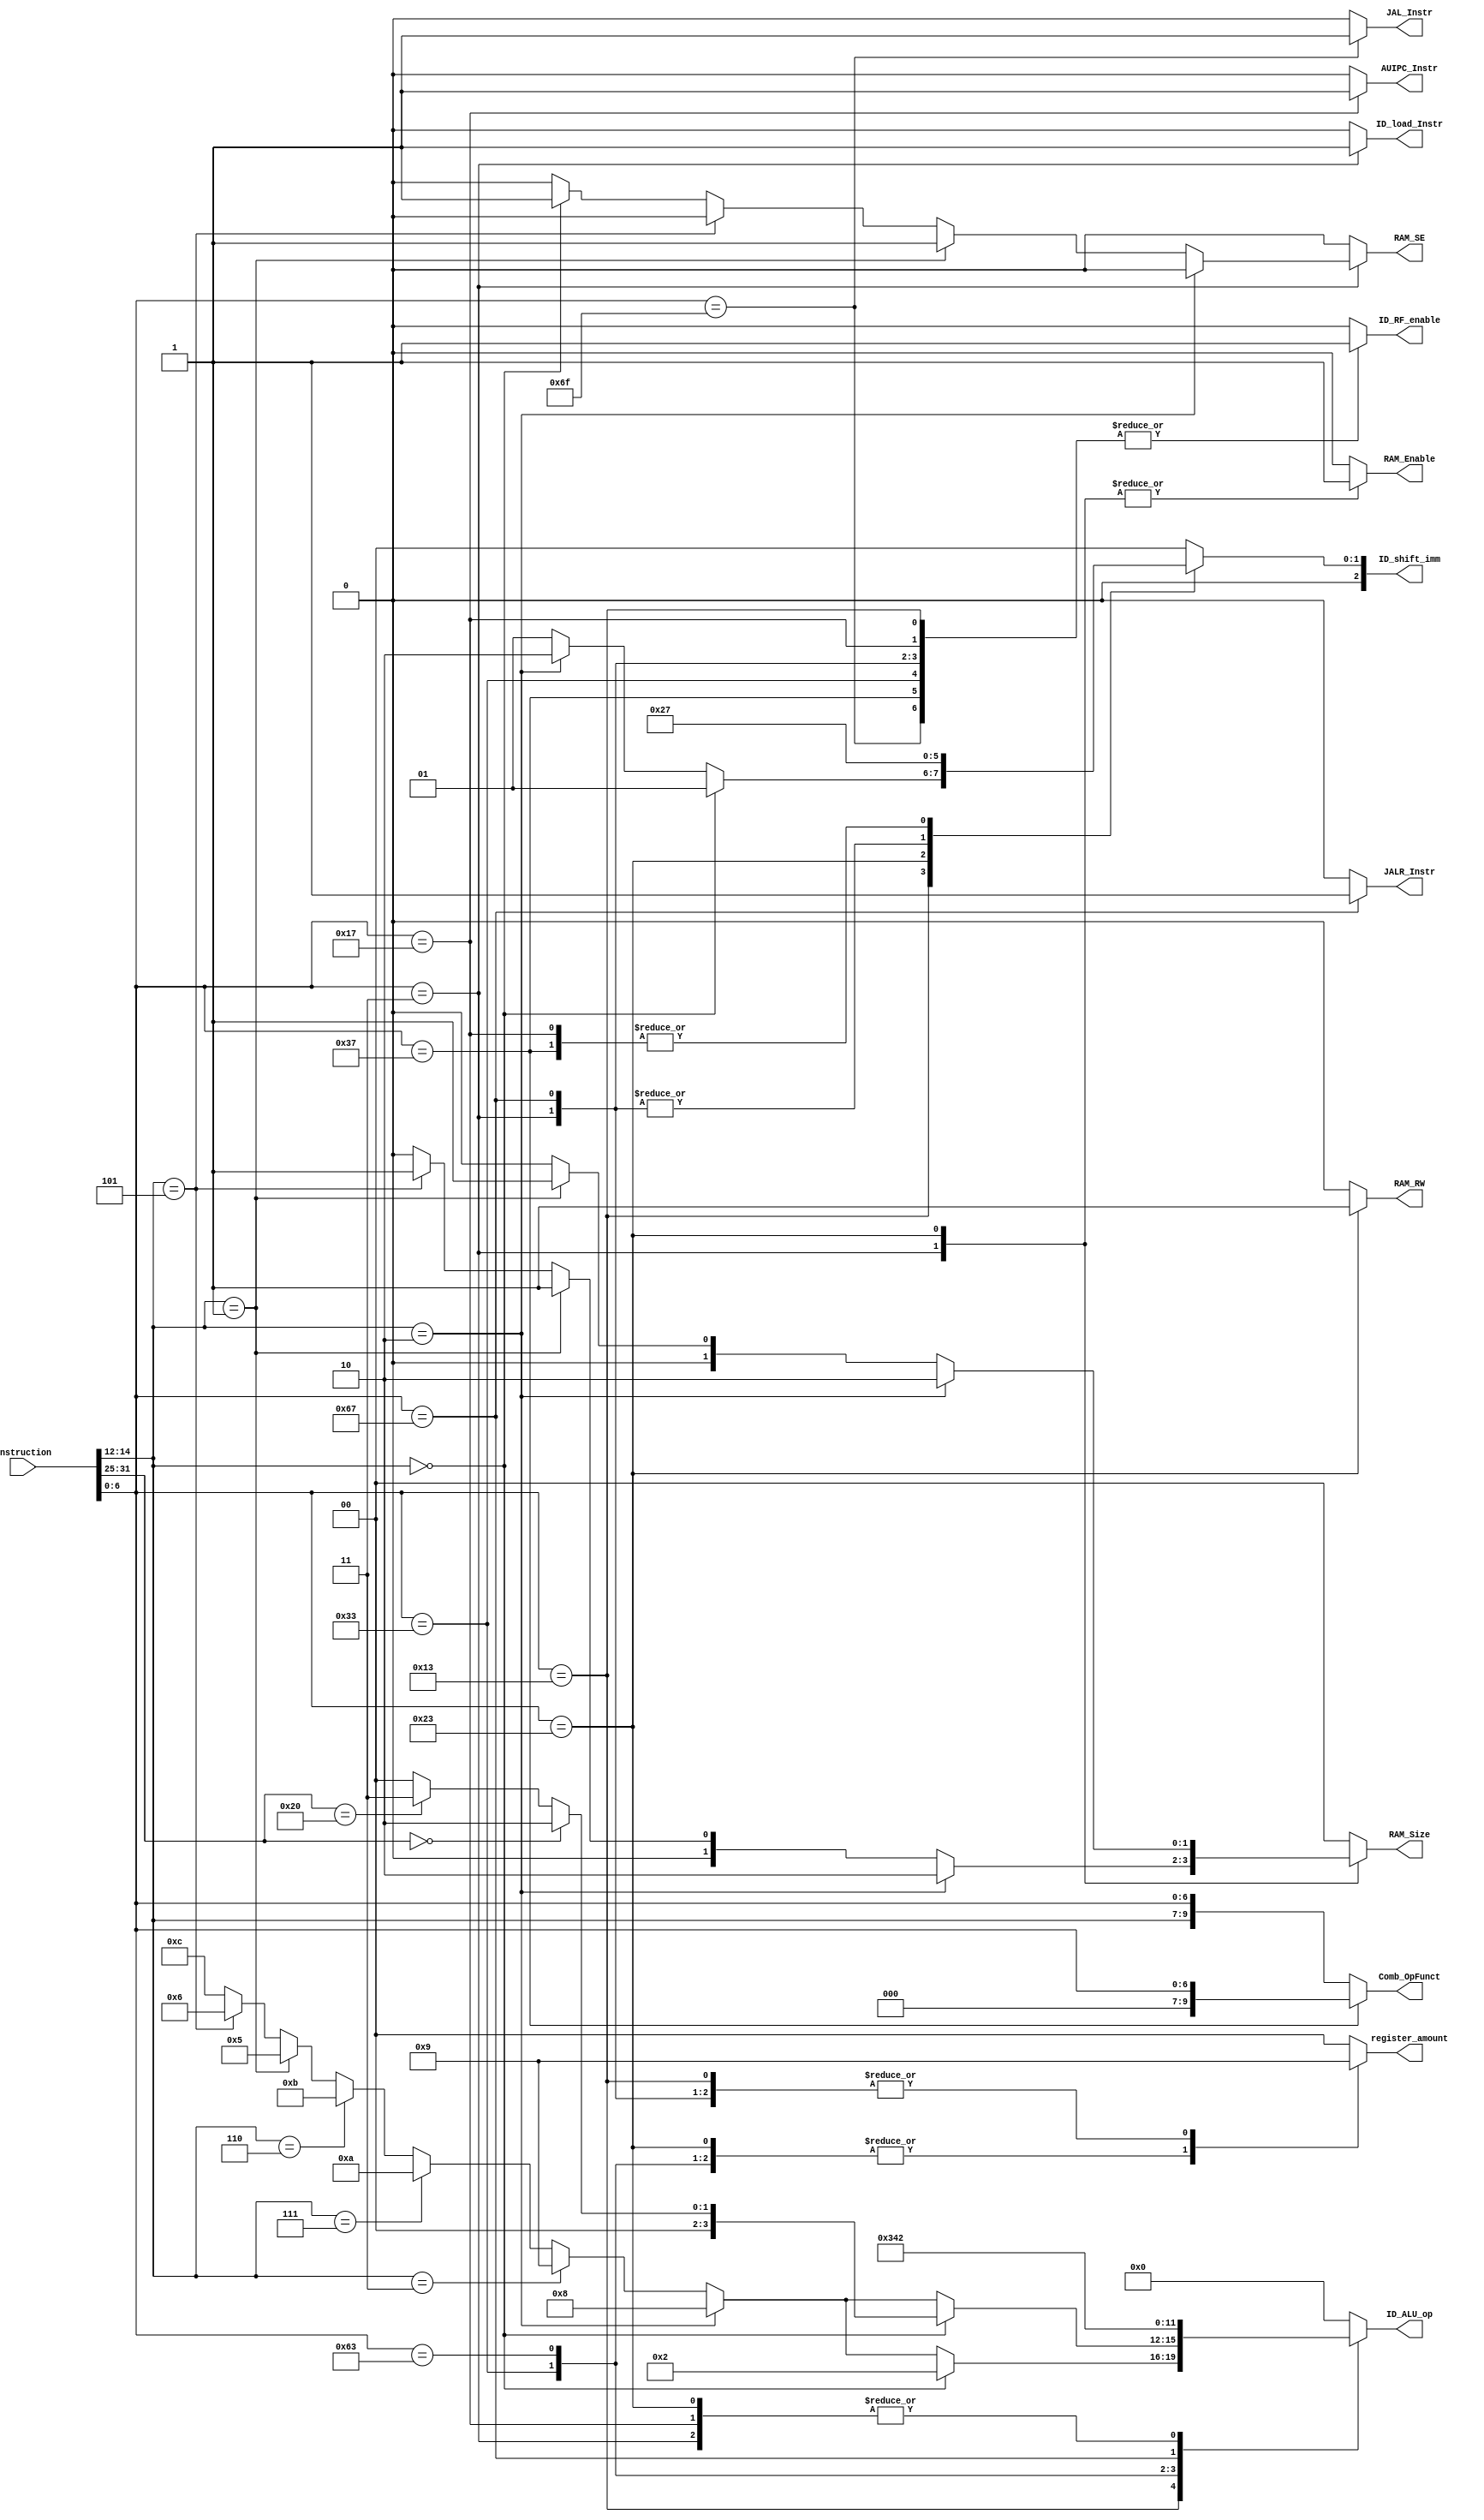
module Control_Unit(
    input[31:0] Instruction, 
    output reg ID_load_Instr, 
    output reg ID_RF_enable,
    output reg RAM_Enable,
    output reg RAM_RW,
    output reg RAM_SE, 
    output reg JALR_Instr,
    output reg JAL_Instr,
    output reg AUIPC_Instr,

    output reg [2:0] ID_shift_imm,
    output reg [3:0] ID_ALU_op,
    output reg [1:0] RAM_Size, register_amount,
    output reg [9:0] Comb_OpFunct 
    );  

    reg [6:0] opcode;
    reg [2:0] funct3;
    reg [6:0] funct7; //ADD and SUB
    reg [6:0] imm12; //SRAI and SRLI

    always@(Instruction)
        begin
            opcode = Instruction[6:0];
            funct3 = Instruction[14:12];
            funct7 = Instruction[31:25];
            imm12 = Instruction[11:5];

            ID_RF_enable = 1'b1;
            ID_ALU_op = 4'b0;
            ID_load_Instr = 1'b0;
            RAM_Enable = 1'b0;
            RAM_RW = 1'b0;
            RAM_SE = 1'b0;
            JAL_Instr = 1'b0;
            JALR_Instr = 1'b0;
            AUIPC_Instr = 1'b0;
            Comb_OpFunct = {funct3, opcode};
            ID_shift_imm = 3'b0;
            RAM_Size = 2'b0;
            register_amount =2'b0;

            case(opcode)
                7'b0010011: //Integer Register-Immediate Instructions Type I
                    begin
                        register_amount =2'b01;
                       if (funct3 == 3'b000) 
                        begin
                            ID_ALU_op = 4'b0010;
                            ID_shift_imm = 3'b001;
                            $display("ADDI");
                        end
                        else if (funct3 == 3'b010)  
                        begin
                            ID_ALU_op = 4'b1000;
                            ID_shift_imm = 3'b010;
                            $display("SLTI");
                        end 
                        else if (funct3 == 3'b011) 
                        begin
                            ID_ALU_op = 4'b1001;
                            ID_shift_imm = 3'b001;
                            $display("SLTIU");
                        end 
                        else if (funct3 == 3'b111) 
                        begin
                            ID_ALU_op = 4'b1010;
                            ID_shift_imm = 3'b001;
                            $display("ANDI");
                        end
                        else if (funct3 == 3'b110) 
                        begin
                            ID_ALU_op = 4'b1011;
                            ID_shift_imm = 3'b001;
                            $display("ORI");
                        end
                        else if (funct3 == 3'b001) 
                        begin
                            ID_ALU_op = 4'b0101;
                            ID_shift_imm = 3'b001;
                            $display("SLLI");
                        end
                        else if (funct3 == 3'b101) 
                        begin
                            if(imm12 == 7'b0000000) 
                            begin
                                ID_ALU_op = 4'b0110;
                                ID_shift_imm = 3'b001;
                                $display("SRLI");
                            end
                            else 
                            begin
                                ID_ALU_op = 4'b0110;
                                ID_shift_imm = 3'b001;
		                        $display("SRAI");
                            end
                        end 
                        else 
                            begin
                                ID_ALU_op = 4'b1100;
                                ID_shift_imm = 3'b001;
                                $display("XORI");
                            end 
                        
                    end
                7'b0110011: //Integer Register-Register Instructions Type R
                    begin
                        register_amount =2'b10;
                        if (funct3 == 3'b000) 
                        begin
                            if(funct7 == 7'b0000000) 
                            begin
                                ID_ALU_op = 4'b0010;
                                ID_shift_imm = 3'b000;
                                $display("ADD");
                            end
                            else if(funct7 == 7'b0100000)
                            begin
                                ID_ALU_op = 4'b0011;
                                ID_shift_imm = 3'b000;
		                        $display("SUB");
                            end
                        end
                        else if (funct3 == 3'b010) 
                        begin
                            ID_ALU_op = 4'b1000;
                            ID_shift_imm = 3'b000;
                            $display("SLT");
                        end
                        else if (funct3 == 3'b011) 
                        begin
                            ID_ALU_op = 4'b1001;
                            ID_shift_imm = 3'b000;
                            $display("SLTU");
                        end
                        else if (funct3 == 3'b111) 
                        begin
                            ID_ALU_op = 4'b1010;
                            ID_shift_imm = 3'b000;
                            $display("AND");
                        end
                        else if (funct3 == 3'b110) 
                        begin
                            ID_ALU_op = 4'b1011;
                            ID_shift_imm = 3'b000;
                            $display("OR");
                        end
                        else if (funct3 == 3'b001)
                        begin
                            ID_ALU_op = 4'b0101;
                            ID_shift_imm = 3'b000;
                            $display("SLL");
                        end
                        else if (funct3 == 3'b101) 
                        begin
                            if(funct7 == 7'b0000000) 
                            begin
                                ID_ALU_op = 4'b0110;
                                ID_shift_imm = 3'b000;
                                $display("SRL");
                            end
                            else 
                            begin
                                ID_ALU_op = 4'b0110;
                                ID_shift_imm = 3'b000;
		                        $display("SRA");
                            end
                        end
                        else 
                            begin
                                ID_ALU_op = 4'b1100;
                                ID_shift_imm = 3'b000;
                                $display("XOR");
                            end
                    end
                7'b0000011: //Load Instructions
                    begin
                        register_amount =2'b01;
                        RAM_Enable = 1'b1;
                        ID_load_Instr = 1'b1;
                        if (funct3 == 3'b010) 
                        begin
                            RAM_Size = 2'b10;
                            ID_shift_imm = 3'b001;
                            ID_ALU_op = 4'b0010;
                            $display("LW");
                        end
                        else if (funct3 == 3'b001) 
                        begin
                            RAM_Size = 2'b01;
                            RAM_SE = 1'b1;
                            ID_ALU_op = 4'b0010;
                            ID_shift_imm = 3'b001;
                            $display("LH");
                        end
                        else if (funct3 == 3'b101) 
                        begin
                            RAM_Size = 2'b01;
                            ID_ALU_op = 4'b0010;
                            ID_shift_imm = 3'b001;
                            $display("LHU");
                        end
                        else if (funct3 == 3'b000) 
                        begin
                            RAM_Size = 2'b00;
                            ID_ALU_op = 4'b0010;
                            ID_shift_imm = 3'b001;
                            RAM_SE = 1'b1;
                            $display("LB");
                        end
                        else 
                            begin
                                RAM_Size = 2'b00;
                                ID_ALU_op = 4'b0010;
                                ID_shift_imm = 3'b001;
                                
                                $display("LBU");
                            end
                    end
                7'b0100011: //Store Instructions
                    begin
                        register_amount =2'b10;
                        RAM_Enable = 1'b1;
                        RAM_RW = 1'b1;
                        ID_RF_enable = 1'b0;
                        if (funct3 == 3'b010) 
                        begin
                            ID_ALU_op = 4'b0010;
                            ID_shift_imm = 3'b010;
                            RAM_Size = 2'b10;
                            $display("SW");
                        end
                        else if (funct3 == 3'b001) 
                        begin
                            ID_ALU_op = 4'b0010;
                            ID_shift_imm = 3'b010;
                            RAM_Size = 2'b01;
                            $display("SH");
                        end
                        else 
                        begin
                            ID_ALU_op = 4'b0010;
                            ID_shift_imm = 3'b010;
                            RAM_Size = 2'b00;
                            $display("SB");
                            //$display("CU :\n Enable %b , RW %b , SE %b , Size %b", RAM_Enable, RAM_RW, RAM_SE, RAM_Size);
                        end
                    end
                7'b1100011: 
                    begin
                        //Conditional Branch Instructions
                        register_amount =2'b10;
                        ID_RF_enable = 1'b0;
                        ID_ALU_op = 4'b0011;
                        ID_shift_imm = 3'b0;
                        if (funct3 == 3'b000) 
                        begin
                            $display("BEQ");
                        end
                        else if (funct3 == 3'b001) 
                        begin
                            $display("BNE");
                        end
                        else if (funct3 == 3'b100) 
                        begin
                            $display("BLT");
                        end
                        //Unconditional Branch Instructions
                        else if (funct3 == 3'b101) 
                        begin
                            //ID_ALU_op = 4'b0011;
                            $display("BGE");
                        end
                        else if (funct3 == 3'b110) 
                        begin
                            $display("BLTU");
                        end
                        else begin
                            $display("BGEU");
                        end
                    end
                7'b1101111: //Unconditional Jump Instructions
                    begin
                        register_amount =2'b00;
                        JAL_Instr = 1'b1;
                        $display("JAL");
                        //Aqui nos faltan XXX en el opcodefunct3
                    end
                7'b1100111: //Unconditional Jump Instructions
                    begin
                        register_amount =2'b01;
                        JALR_Instr = 1'b1;
                        ID_ALU_op = 4'b0100;
                        ID_shift_imm = 3'b001;
                        $display("JALR");
                    end
                7'b0110111: //Type U
                    begin
                        register_amount =2'b00;
                        ID_shift_imm = 3'b011;
                        Comb_OpFunct = {opcode};
                        $display("LUI");
                        //Aqui nos faltan XXX en el opcodefunct3
                    end
                7'b0010111: //Type U
                    begin
                        register_amount =2'b00;
                        AUIPC_Instr = 1'b1;
                        ID_shift_imm = 3'b011;
                        ID_ALU_op = 4'b0010;
                        $display("AUIPC");
                    end
                7'b0000000: //NOP Instructions
                    begin
                        $display("NOP");
                        register_amount =2'b00;
                        ID_ALU_op = 4'b0;
                        ID_load_Instr = 1'b0;
                        ID_RF_enable = 1'b0;
                    end
                default: //Not yet a possible instruction
                    begin
                        //$display("Not yet a instruction");
                        $display("NOP");
                        register_amount =2'b00;
                        ID_ALU_op = 4'b0;
                        ID_load_Instr = 1'b0;
                        ID_RF_enable = 1'b0;
                    end
            endcase
        end 
endmodule